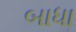
બાધા